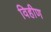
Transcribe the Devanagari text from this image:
विहीण